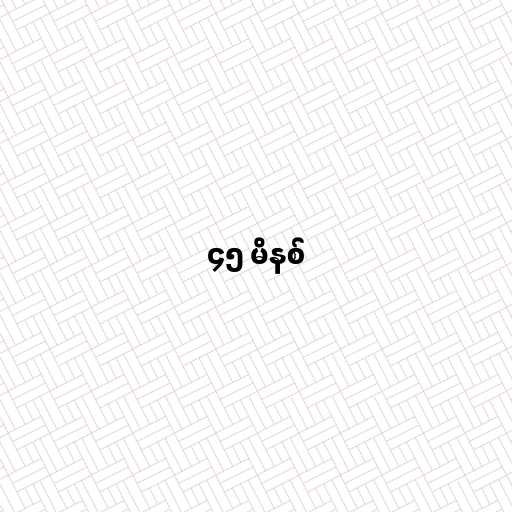
၄၅ မိနစ်